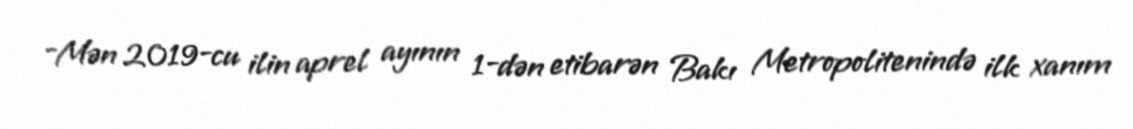
-Mən 2019-cu ilin aprel ayının 1-dən etibarən Bakı Metropolitenində ilk xanım